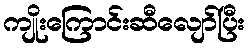
ကျိုးကြောင်းဆီလျော်ပြီး